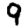
Digit: 9